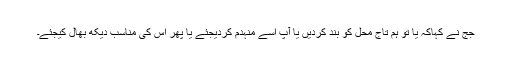
جج نے کہاکہ یا تو ہم تاج محل کو بند کردیں یا آپ اسے منہدم کردیجئے یا پھر اس کی مناسب دیکھ بھال کیجئے۔